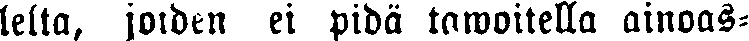
lelta, joiden ei pidä tawoitella ainoas-